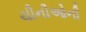
ચીનીઓની